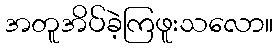
အတူအိပ်ခဲ့ကြဖူးသလော။